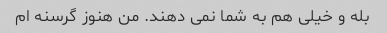
بله و خیلی هم به شما نمی دهند. من هنوز گرسنه ام